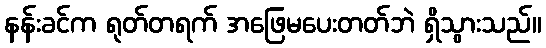
နန်းခင်က ရုတ်တရက် အဖြေမပေးတတ်ဘဲ ရှိသွားသည်။